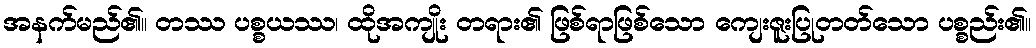
အနက်မည်၏။ တဿ ပစ္စယဿ၊ ထိုအကျိုး တရား၏ ဖြစ်ရာဖြစ်သော ကျေးဇူးပြုတတ်သော ပစ္စည်း၏။